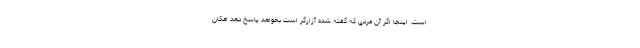
است. اینجا اگر آن مردی که گفته شده آزارگر است بخواهد پاسخ دهد امکان